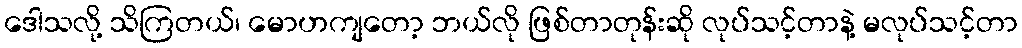
ဒေါသလို့ သိကြတယ်၊ မောဟကျတော့ ဘယ်လို ဖြစ်တာတုန်းဆို လုပ်သင့်တာနဲ့ မလုပ်သင့်တာ